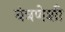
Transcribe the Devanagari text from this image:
यंत्रणेशी